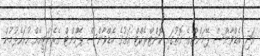
އަދި އެޑްވާންސް ޕޭމަންޓްގެ ގޮތުގައި ކޮންޓްރެކްޓް އަގުގެ އެޑްވާންސް ޕޭމްންޓް ގެރެންޓީއެއް ހުށަހެޅުމުން